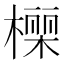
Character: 𭫾